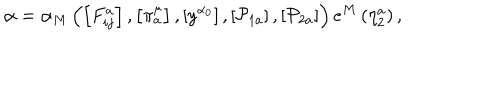
\alpha = \alpha _ { M } \left( \left[ F _ { i j } ^ { a } \right] , \left[ \pi _ { a } ^ { \mu } \right] , \left[ y ^ { \alpha _ { 0 } } \right] , \left[ \mathcal { P } _ { 1 a } \right] , \left[ \mathcal { P } _ { 2 a } \right] \right) e ^ { M } \left( \eta _ { 2 } ^ { a } \right) ,